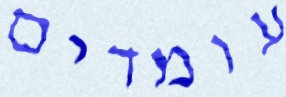
עומדים